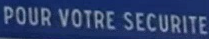
POUR VOTRE SECURITE